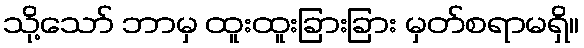
သို့သော် ဘာမှ ထူးထူးခြားခြား မှတ်စရာမရှိ။